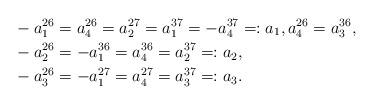
LaTeX: \begin{align*}&-a_1^{26}=a_4^{26}=a_2^{27}=a_1^{37}=-a_4^{37}=:a_1,a_4^{26}=a_3^{36},\\&-a_2^{26}=-a_1^{36}=a_4^{36}=a_2^{37}=:a_2,\\&-a_3^{26}=-a_1^{27}=a_4^{27}=a_3^{37}=:a_3.\end{align*}